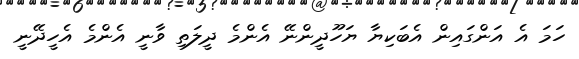
ހަމަ އެ އަންގައިން އެބަކިޔާ ޔަހޫދީންނޭ އެންމެ ދީލަތި ވާނީ އެންމެ އެހީދޭނީ